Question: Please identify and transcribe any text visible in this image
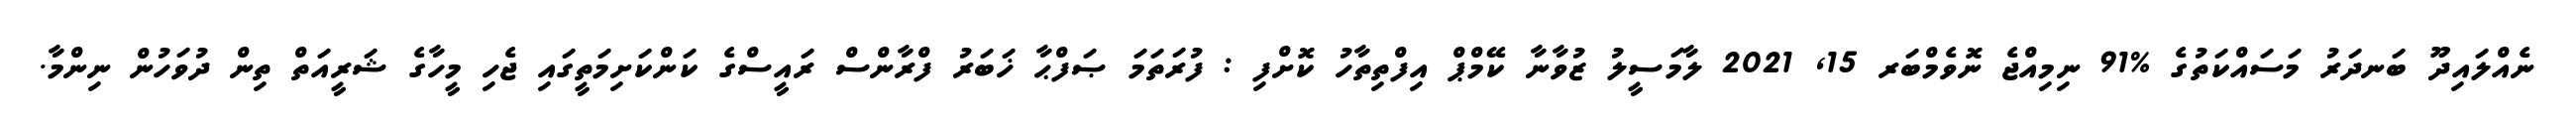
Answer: ނެއްލައިދޫ ބަނދަރު މަސައްކަތުގެ %91 ނިމިއްޖެ ނޮވެމްބަރ 15, 2021 ލާމަސީލު ޒުވާނާ ކޭމްޕް އިފްތިތާހު ކޮށްފި : ފުރަތަމަ ޞަފްޙާ ޚަބަރު ފްރާންސް ރައީސްގެ ކަންކަށިމަތީގައި ޖެހި މީހާގެ ޝަރީއަތް ތިން ދުވަހުން ނިންމާ.